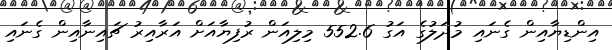
އިންޑިޔާއިން ގެނައި މުދަލުގެ އަގު 552.6 މިލިއަން ރުފިޔާއަށް އަރާއިރު ޗައިނާއިން ގެނައި